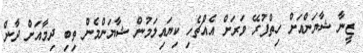
ޒީނާ ޝާޔަންއަށް ހިތްފުރޭ ވަރަށް އެއްޗެހި ކިޔައިލަމުން ޝާޔަންމެން ތިބި ދިމާއަށް ދާން